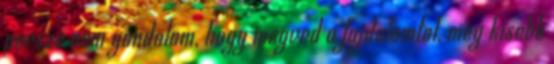
persze nem gondolom, hogy megved a fajdalomtol, meg kisebb